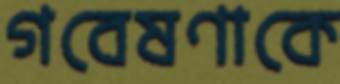
গবেষণাকে